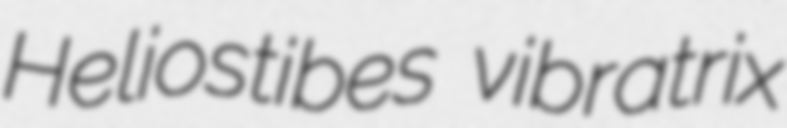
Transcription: Heliostibes vibratrix